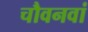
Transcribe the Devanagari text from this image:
चौवनवां